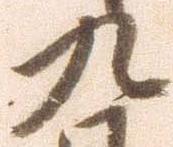
九